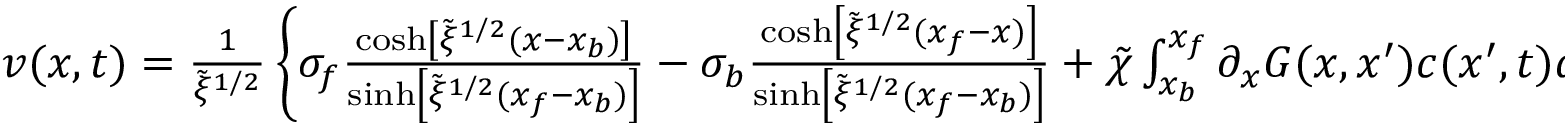
\begin{array} { r } { v ( x , t ) = \frac { 1 } { \tilde { \xi } ^ { 1 / 2 } } \left\{ \sigma _ { f } \frac { \cosh \left[ \tilde { \xi } ^ { 1 / 2 } ( x - x _ { b } ) \right] } { \sinh \left[ \tilde { \xi } ^ { 1 / 2 } ( x _ { f } - x _ { b } ) \right] } - \sigma _ { b } \frac { \cosh \left[ \tilde { \xi } ^ { 1 / 2 } ( x _ { f } - x ) \right] } { \sinh \left[ \tilde { \xi } ^ { 1 / 2 } ( x _ { f } - x _ { b } ) \right] } + \tilde { \chi } \int _ { x _ { b } } ^ { x _ { f } } \partial _ { x } G ( x , x ^ { \prime } ) c ( x ^ { \prime } , t ) d x ^ { \prime } \right\} . } \end{array}